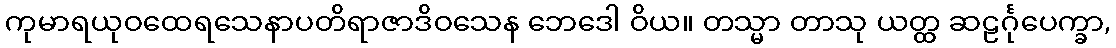
ကုမာရယုဝထေရသေနာပတိရာဇာဒိဝသေန ဘေဒေါ ဝိယ။ တသ္မာ တာသု ယတ္ထ ဆဠင်္ဂုပေက္ခာ,